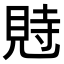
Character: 𧠴